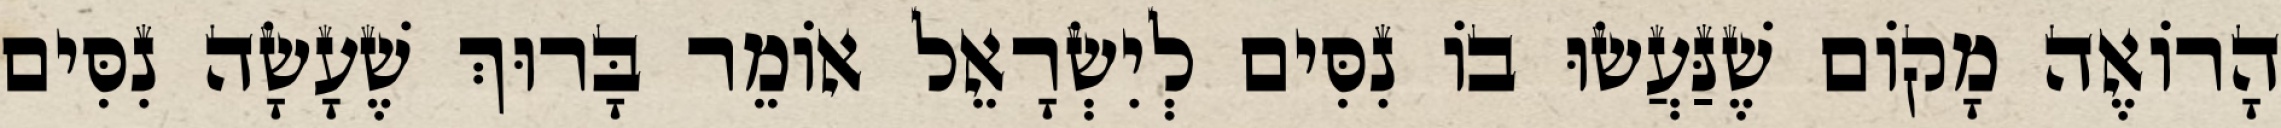
הָרוֹאֶה מָקוֹם שֶׁנַּעֲשׂוּ בוֹ נִסִּים לְיִשְׂרָאֵל אוֹמֵר בָּרוּךְ שֶׁעָשָׂה נִסִּים